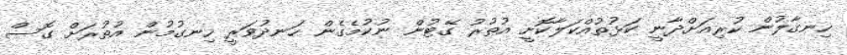
ހިނގާލުން ކުރިއަށްދާނީ ކަޅުތުއްކަލާކޮށީ އުތުރު ގޭޓުން ނުކުމެގެން ހަނދުވަރީ ހިނގުމުން އުތުރަށް ގޮސް